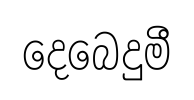
දෙබෙදුමී